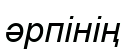
әрпінің